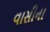
વાસીના